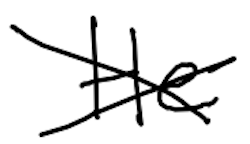
Text: He
Cross-out: cross
Writing tool: digital_black